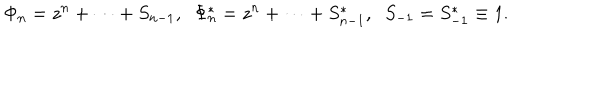
\Phi _ { n } = z ^ { n } + \cdots + S _ { n - 1 } , \; \; \Phi _ { n } ^ { * } = z ^ { n } + \cdots + S _ { n - 1 } ^ { * } , \; \; S _ { - 1 } = S _ { - 1 } ^ { * } \equiv 1 .